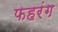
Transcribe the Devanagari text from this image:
फहरंग